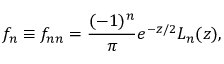
f _ { n } \equiv f _ { n n } = \frac { ( - 1 ) ^ { n } } { \pi } e ^ { - z / 2 } L _ { n } ( z ) ,